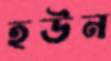
হউন